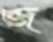
জ্